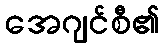
အေဂျင်စီ၏